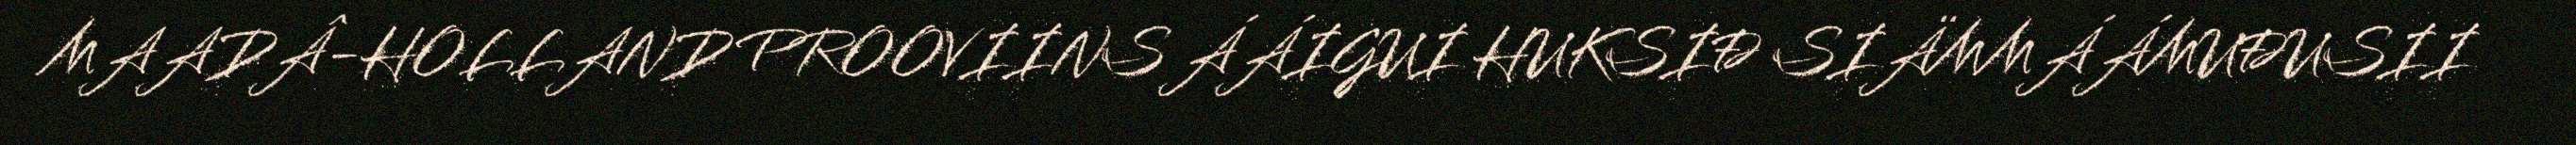
MAADÂ-HOLLAND PROOVIINS ÁÁIGUI HUKSIĐ SIÄMMÁÁMUĐUSII